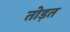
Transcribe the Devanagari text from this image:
तोड़त